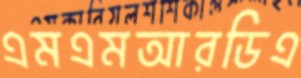
এমএমআরডিএ